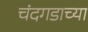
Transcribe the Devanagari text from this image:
चंदगडाच्या